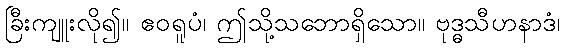
ခြီးကျူးလို၍။ ဧဝရူပံ၊ ဤသို့သဘောရှိသော။ ဗုဒ္ဓသီဟနာဒံ၊